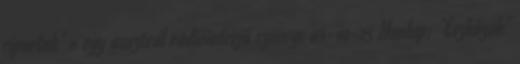
riportok' » egy ausztrál rádióinterjú szövege 03-10-25 Honlap: 'Eszközök'